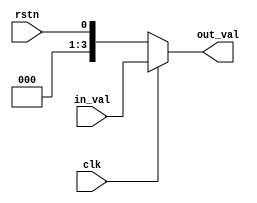
module test(
    input clk,
    input rstn,
    input [3:0] in_val,
    output [3:0] out_val
);

assign out_val = (clk) ? in_val : rstn;

endmodule



module tb_test;

reg clk;
reg rstn;
reg [3:0] in_val;
wire [3:0] out;

test tb(.clk(clk), .rstn(rstn), .in_val(in_val), .out_val(out));

initial
    begin
      $dumpfile("assign_out.vcd");
      $dumpvars(-1,tb);
      $monitor("%b",out);
    end


always
begin
    #5;
    clk = ~clk;
    in_val = in_val +1;
end


initial
begin
    clk=0;
    rstn=0;
    in_val=0;
    #60;
    $finish;
end

endmodule